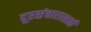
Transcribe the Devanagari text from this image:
दूरसंचारासाठी